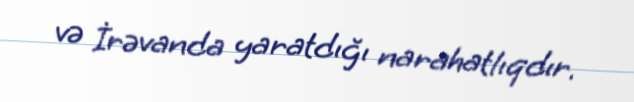
və İrəvanda yaratdığı narahatlıqdır.